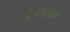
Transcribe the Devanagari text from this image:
निमिषार्धेन